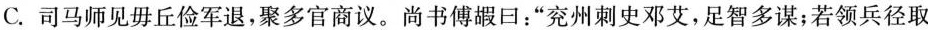
C. 司马师见毋丘俭军退，聚多官商议。尚书傅嘏回：“兖州刺史邓艾，足智多谋；若领兵径取